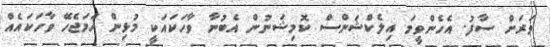
ވަރަށް ސާފު. އެހެންވީމަ އިލެކްޝަންސް ކޮމިޝަނުން އެބުނާ ވާހަކައަކީ މުޅިން ހަމަޖެހޭ ވާހަކައެއް